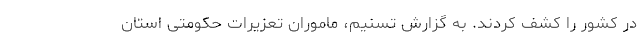
در کشور را کشف کردند. به گزارش تسنیم، ماموران تعزیرات حکومتی استان